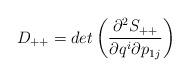
LaTeX: \begin{align*}D_{++}= det \left(\frac{ \partial^2 S_{++}}{ \partial q^i\partial p_{1j}}\right) \end{align*}